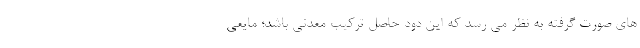
های صورت گرفته به نظر می رسد که این دود حاصل ترکیب معدنی باشد؛ مایعی